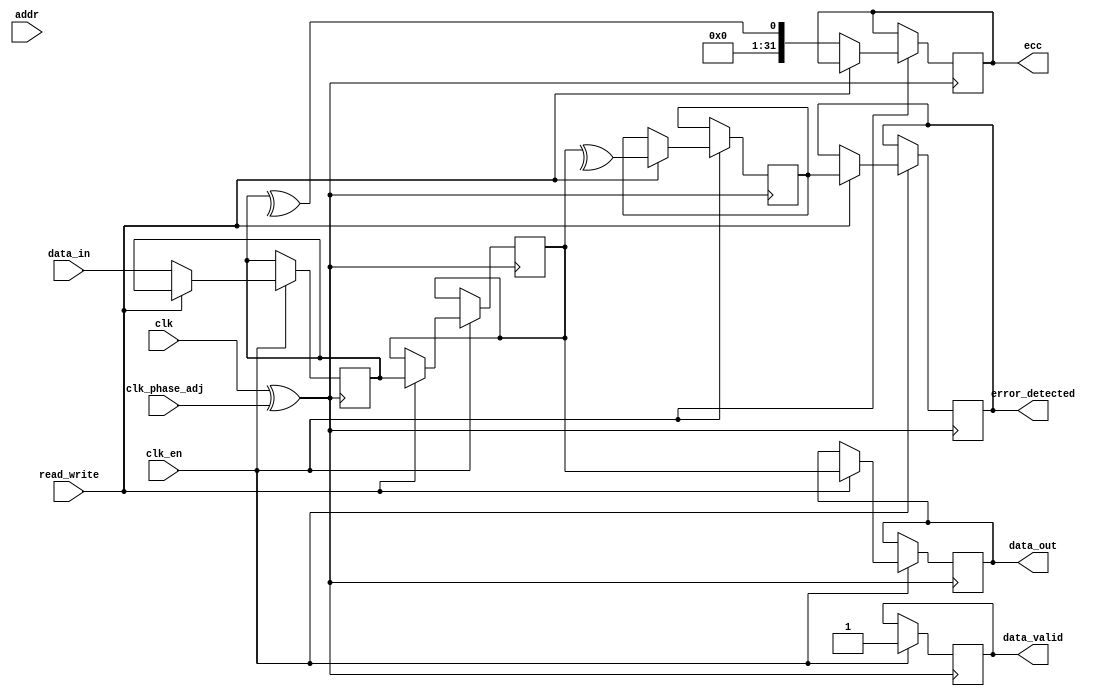
module gddr_io_block #(
    parameter DATA_WIDTH = 32,  // Configurable data width (16, 32, 64)
    parameter ADDR_WIDTH = 16    // Address width for memory
)(
    input wire clk,              // High-frequency clock input
    input wire clk_en,           // Clock enable signal
    input wire clk_phase_adj,    // Clock phase adjustment
    input wire [ADDR_WIDTH-1:0] addr, // Address bus
    input wire [DATA_WIDTH-1:0] data_in, // Data input
    output reg [DATA_WIDTH-1:0] data_out, // Data output
    input wire read_write,       // Read (1) or Write (0) control
    output reg error_detected,   // Error detection flag
    output reg [DATA_WIDTH-1:0] ecc, // ECC output for data integrity
    output reg data_valid        // Data valid flag
);

    // Internal signal declarations
    reg [DATA_WIDTH-1:0] data_buffer; // Buffer for data transfer
    reg [DATA_WIDTH-1:0] received_data; // Data received from memory
    reg parity_bit; // Parity bit for error checking

    // Clock management with phase adjustment (simple example)
    wire adjusted_clk = clk ^ clk_phase_adj;

    // Data transfer process
    always @(posedge adjusted_clk) begin
        if (clk_en) begin
            if (!read_write) begin // Write Operation
                data_buffer <= data_in;
                // Perform ECC calculation (simple example)
                ecc <= ^data_buffer; // Simple parity for demonstration
                // Store data in memory (simulated)
                // In actual implementation, this should write to memory
                data_valid <= 1'b1; // Indicate data is valid
            end else begin // Read Operation
                // Simulate reading data from memory (replace with actual memory read)
                received_data <= data_buffer; // For demo purposes
                data_out <= received_data; // Output the read data
                parity_bit <= ^received_data; // Simple parity for demonstration
                // Check for errors (simple example)
                error_detected <= (parity_bit != 1'b0); // Error if parity doesn't match
                data_valid <= 1'b1; // Indicate data is valid
            end
        end
    end

    // Initialization process (could be part of a reset signal in actual design)
    initial begin
        data_buffer = 0;
        received_data = 0;
        ecc = 0;
        error_detected = 1'b0;
        data_valid = 1'b0;
    end

endmodule